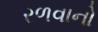
રળવાનો